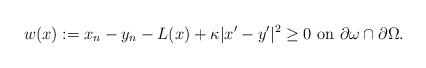
LaTeX: \begin{align*}w (x) := x_n - y_n - L (x) + \kappa |x'-y'|^2 \geq 0 \mbox{ on } \partial \omega \cap \partial \Omega.\end{align*}